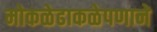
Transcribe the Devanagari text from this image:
मोकळेढाकळेपणाने